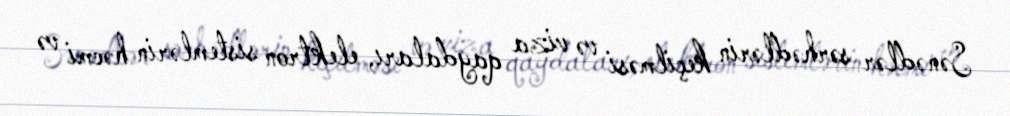
Sənədlər sərhədlərin keçilməsi və viza qaydaları, elektron sistemlərin həcmi və